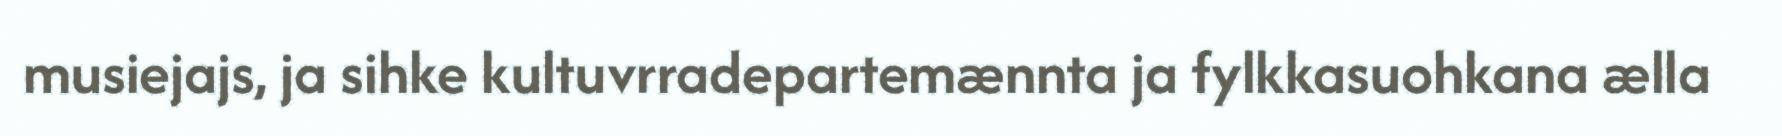
musiejajs, ja sihke kultuvrradepartemænnta ja fylkkasuohkana ælla